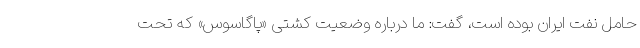
حامل نفت ایران بوده است، گفت: ما درباره وضعیت کشتی «پاگاسوس» که تحت